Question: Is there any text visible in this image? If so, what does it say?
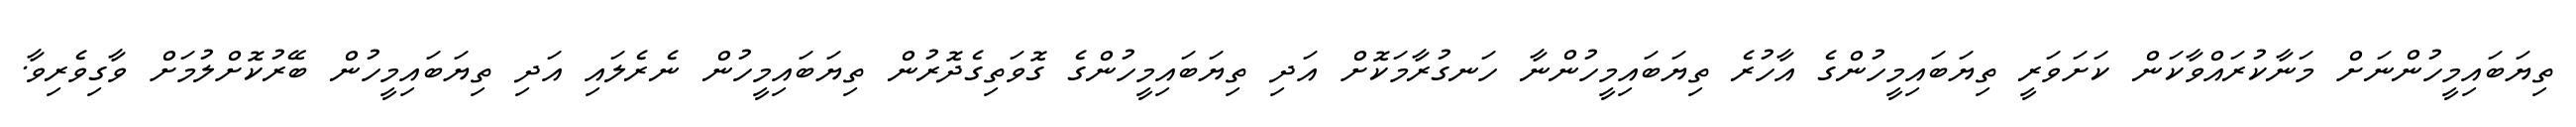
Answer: ތިޔަބައިމީހުންނަށް މަނާކުރައްވާކަން ކަށަވަރީ ތިޔަބައިމީހުންގެ އާހުރެ ތިޔަބައިމީހުންނާ ހަނގުރާމަކޮށް އަދި ތިޔަބައިމީހުންގެ ގޮވަތިގެދޮރުން ތިޔަބައިމީހުން ނެރެލައި އަދި ތިޔަބައިމީހުން ބޭރުކޮށްލުމަށް ވާގިވެރިވާ.